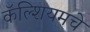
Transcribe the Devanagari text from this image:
कॅल्शियमचे